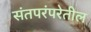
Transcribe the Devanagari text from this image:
संतपरंपरेतील